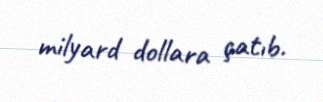
milyard dollara çatıb.